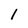
Character: l